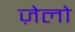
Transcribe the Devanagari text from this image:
ज़ेलो